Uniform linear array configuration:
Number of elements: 16
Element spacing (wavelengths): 0.25
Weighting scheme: exponential
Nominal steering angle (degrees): -30
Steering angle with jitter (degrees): -29.971
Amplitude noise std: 0.05
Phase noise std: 0.05

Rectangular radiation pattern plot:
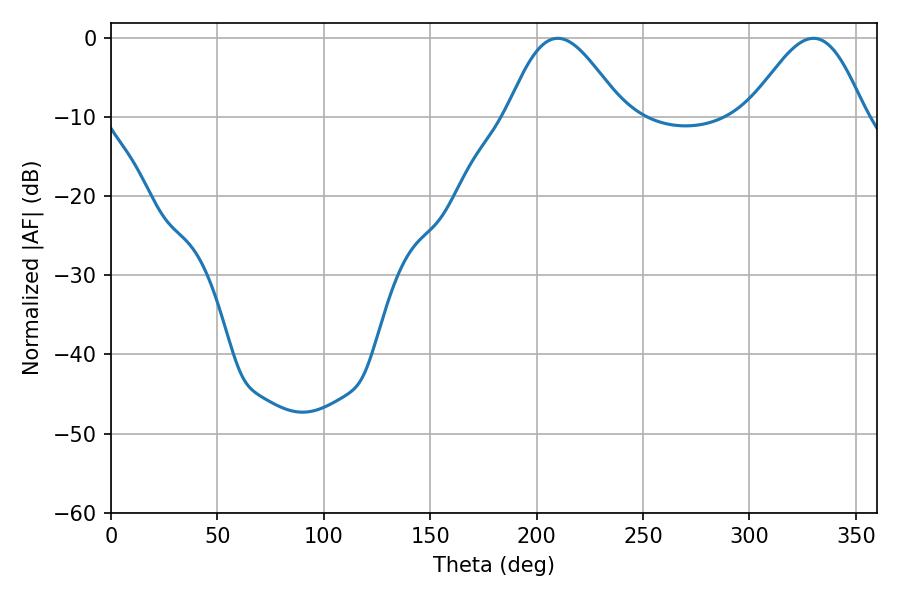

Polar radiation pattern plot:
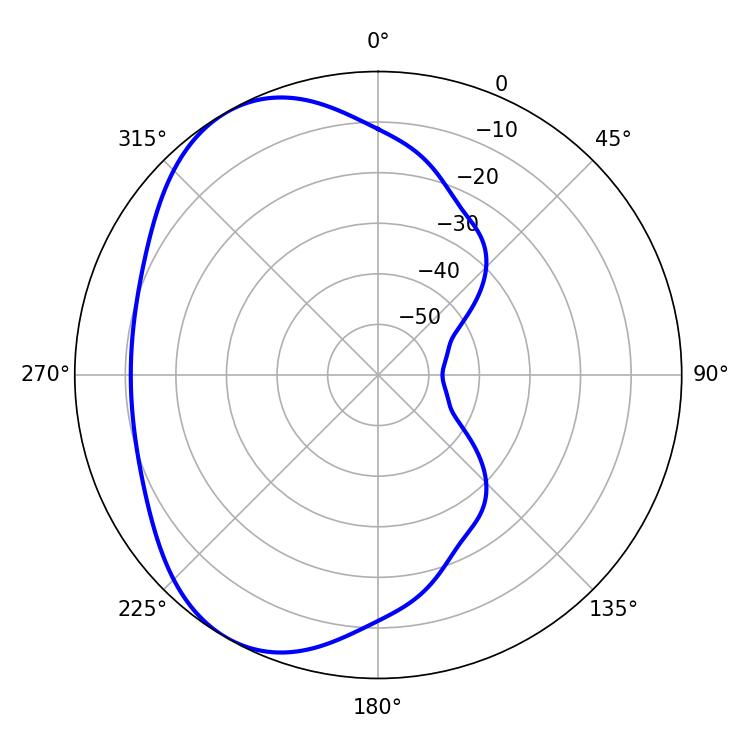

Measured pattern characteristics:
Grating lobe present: FALSE
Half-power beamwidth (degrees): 28.98
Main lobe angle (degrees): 209.88